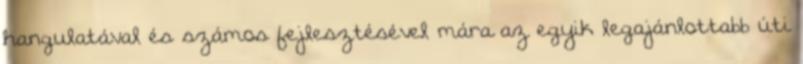
hangulatával és számos fejlesztésével mára az egyik legajánlottabb úti